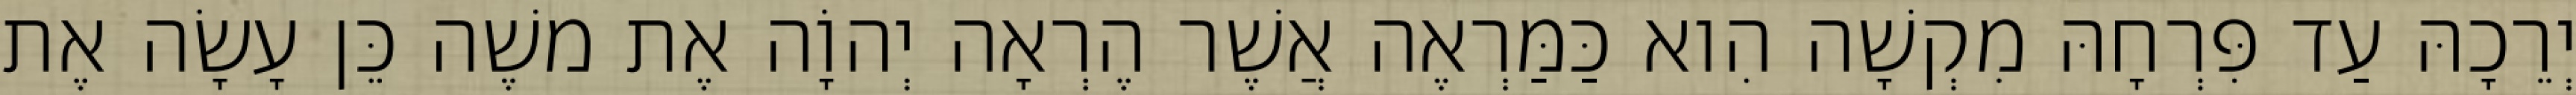
יְרֵכָהּ עַד פִּרְחָהּ מִקְשָׁה הִוא כַּמַּרְאֶה אֲשֶׁר הֶרְאָה יְהוָֹה אֶת משֶׁה כֵּן עָשָׂה אֶת